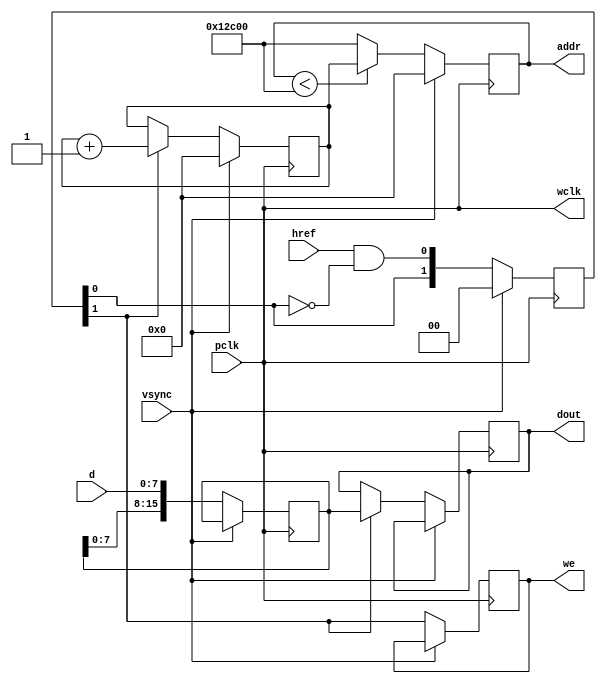
// This program was cloned from: https://github.com/dtysky/FPGA-Imaging-Library
// License: GNU Lesser General Public License v2.1

module camCap(
	input pclk,
	input vsync,
	input href,
	input[7:0] d,
	output[16:0] addr,
	output reg[15:0] dout,
	output reg we,
	output wclk
	);

	reg [15:0] d_latch;
	reg [16:0] address;
	reg [16:0] address_next;  
	reg [1:0] wr_hold;    
	reg [1:0] cnt;

	initial d_latch = 16'b0;
	initial address = 19'b0;
	initial address_next = 19'b0;
	initial wr_hold = 2'b0;   
	initial cnt = 2'b0; 

	assign addr = address;
	assign wclk = pclk;

	always@(posedge pclk)begin

		if( vsync ==1) begin

			 address <=17'b0;
			 address_next <= 17'b0;
			 wr_hold <=  2'b0;
			 cnt <=  2'b0;

		end else begin

			if(address<76800)
				address <= address_next;
			else
				address <= 76800;

			we <= wr_hold[1];
			wr_hold <= {wr_hold[0] , (href &&( ! wr_hold[0])) };
			d_latch <= {d_latch[7:0] , d};

			if (wr_hold[1] == 1) begin
				address_next <= address_next+1;
				dout[15:0]  <= d_latch[15:0];
			end

		end;
	end

endmodule